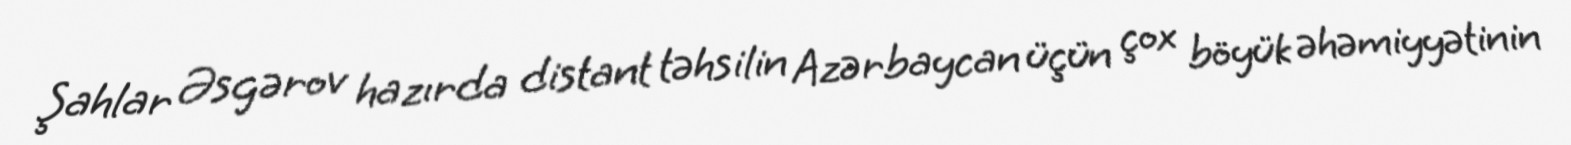
Şahlar Əsgərov hazırda distant təhsilin Azərbaycan üçün çox böyük əhəmiyyətinin